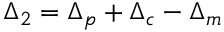
{ \Delta _ { 2 } } = { \Delta _ { p } } + { \Delta _ { c } } - { \Delta _ { m } }